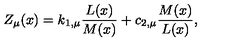
Z _ { \mu } ( x ) = k _ { 1 , \mu } \frac { L ( x ) } { M ( x ) } + c _ { 2 , \mu } \frac { M ( x ) } { L ( x ) } ,